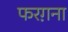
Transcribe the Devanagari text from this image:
फरग़ना